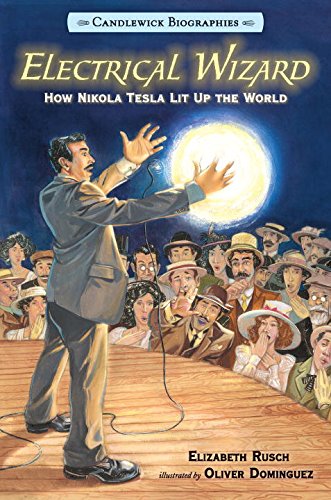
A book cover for Electrical Wizard: Candlewick Biographies: How Nikola Tesla Lit Up the World; Elizabeth Rusch; Children's Books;